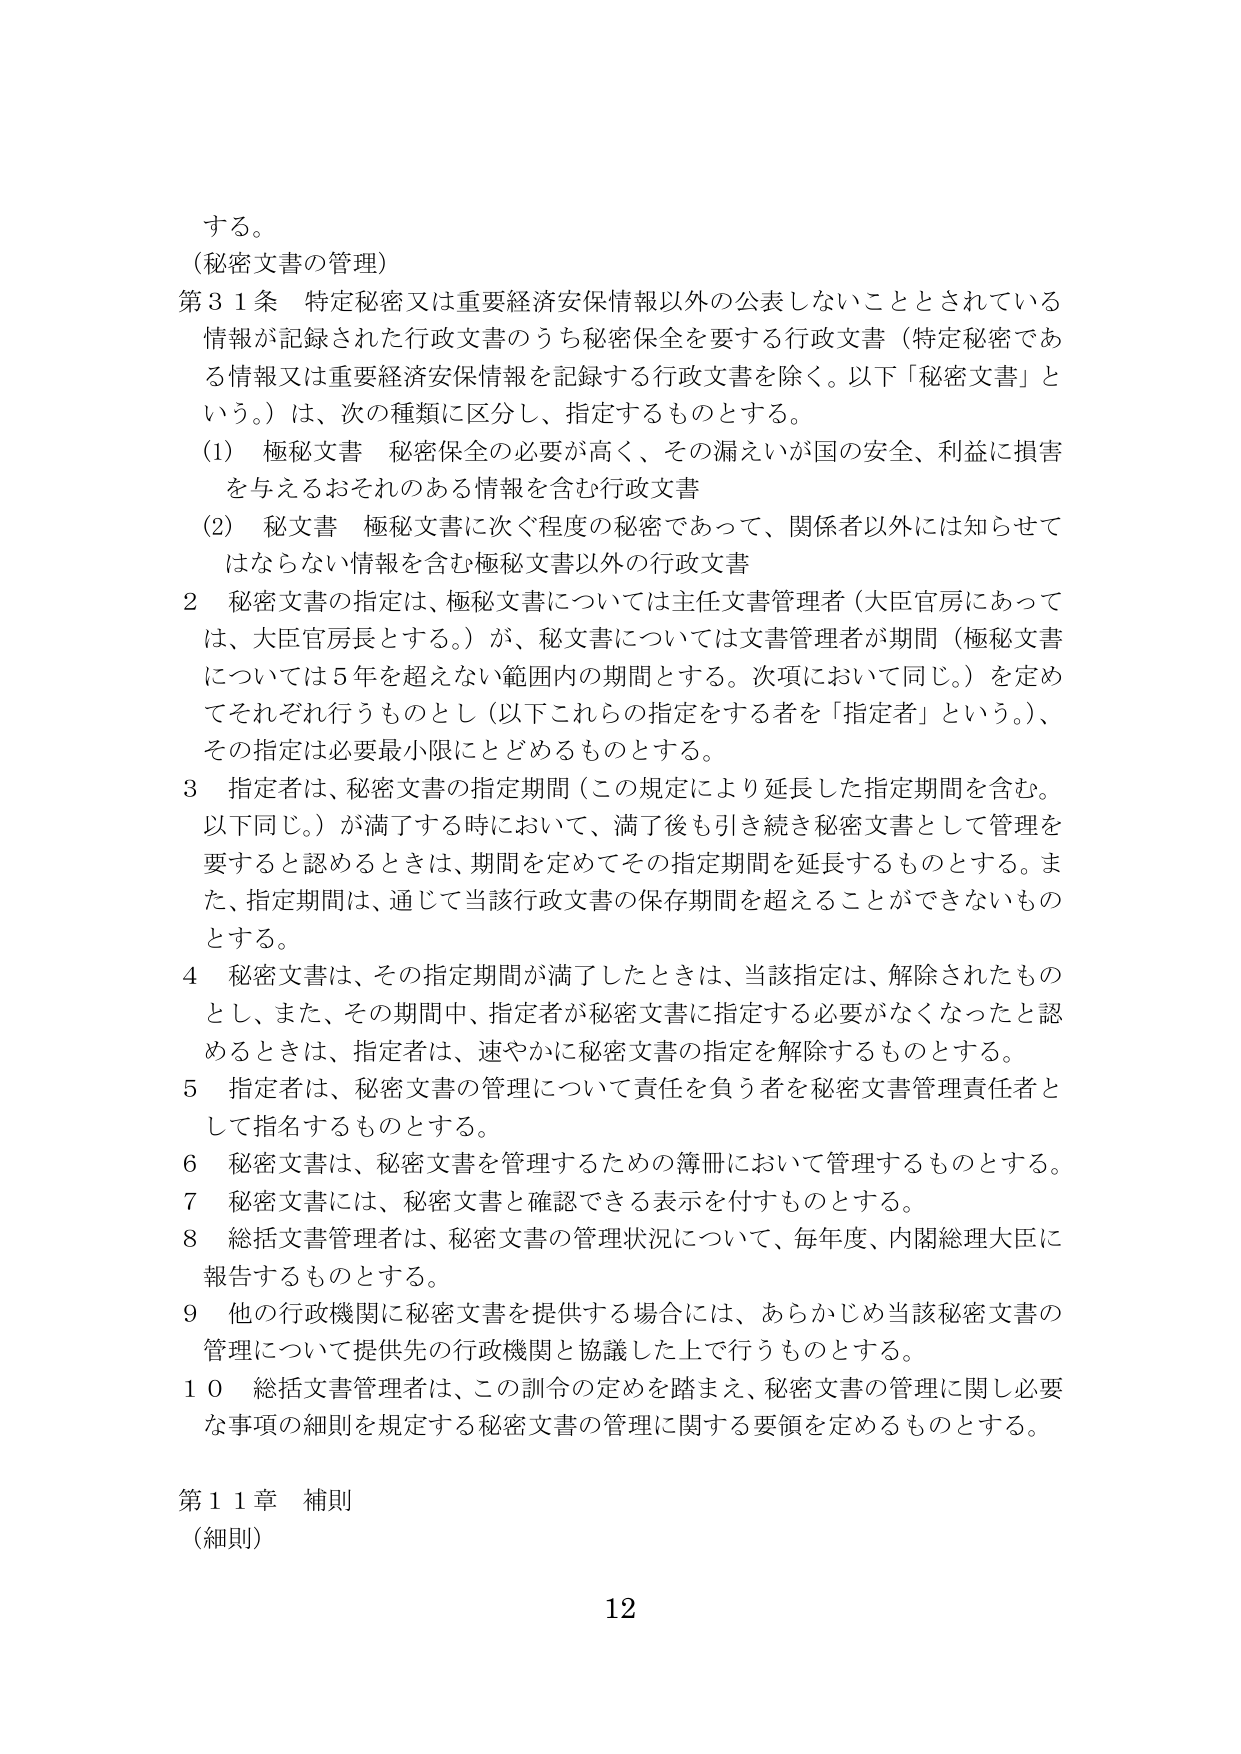
する。

（秘密文書の管理）

第31条 特定秘密又は重要経済安保情報以外の公表しないこととされている情報が記録された行政文書のうち秘密保全を要する行政文書（特定秘密である情報又は重要経済安保情報を記録する行政文書を除く。以下「秘密文書」という。）は、次の種類に区分し、指定するものとする。

（1） 極秘文書 秘密保全の必要が高く、その漏えいが国の安全、利益に損害を与えるおそれのある情報を含む行政文書

（2） 秘文書 極秘文書に次ぐ程度の秘密であって、関係者以外には知らせていはならない情報を含む極秘文書以外の行政文書

2 秘密文書の指定は、極秘文書については主任文書管理者（大臣官房にあっては、大臣官房長とする。）が、秘文書については文書管理者が期間（極秘文書については5年を超えない範囲内の期間とする。次項において同じ。）を定めてそれぞれ行うものとし（以下これらの指定をする者を「指定者」という。）、その指定は必要最小限にとどめるものとする。

3 指定者は、秘密文書の指定期間（この規定により延長した指定期間を含む。以下同じ。）が満了する時において、満了後も引き続き秘密文書として管理を要すると認めるときは、期間を定めてその指定期間を延長するものとする。また、指定期間は、通じて当該行政文書の保存期間を超えることができないものとする。

4 秘密文書は、その指定期間が満了したときは、当該指定は、解除されたものとし、また、その期間中、指定者が秘密文書に指定する必要がなくなったと認めるときは、指定者は、速やかに秘密文書の指定を解除するものとする。

5 指定者は、秘密文書の管理について責任を負う者を秘密文書管理責任者として指名するものとする。

6 秘密文書は、秘密文書を管理するための簿冊において管理するものとする。

7 秘密文書には、秘密文書と確認できる表示を付すものとする。

8 総括文書管理者は、秘密文書の管理状況について、毎年度、内閣総理大臣に報告するものとする。

9 他の行政機関に秘密文書を提供する場合には、あらかじめ当該秘密文書の管理について提供先の行政機関と協議した上で行うものとする。

10 総括文書管理者は、この訓令の定めを踏まえ、秘密文書の管理に関し必要な事項の細則を規定する秘密文書の管理に関する要領を定めるものとする。

第11章 補則

（細則）

12